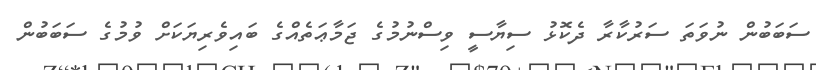
ސަބަބުން ނުވަތަ ސަރުކާރާ ދެކޮޅު ސިޔާސީ ވިސްނުމުގެ ޖަމާޢަތެއްގެ ބައިވެރިޔަކަށް ވުމުގެ ސަބަބުން